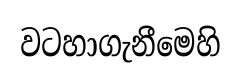
වටහාගැනීමෙහි